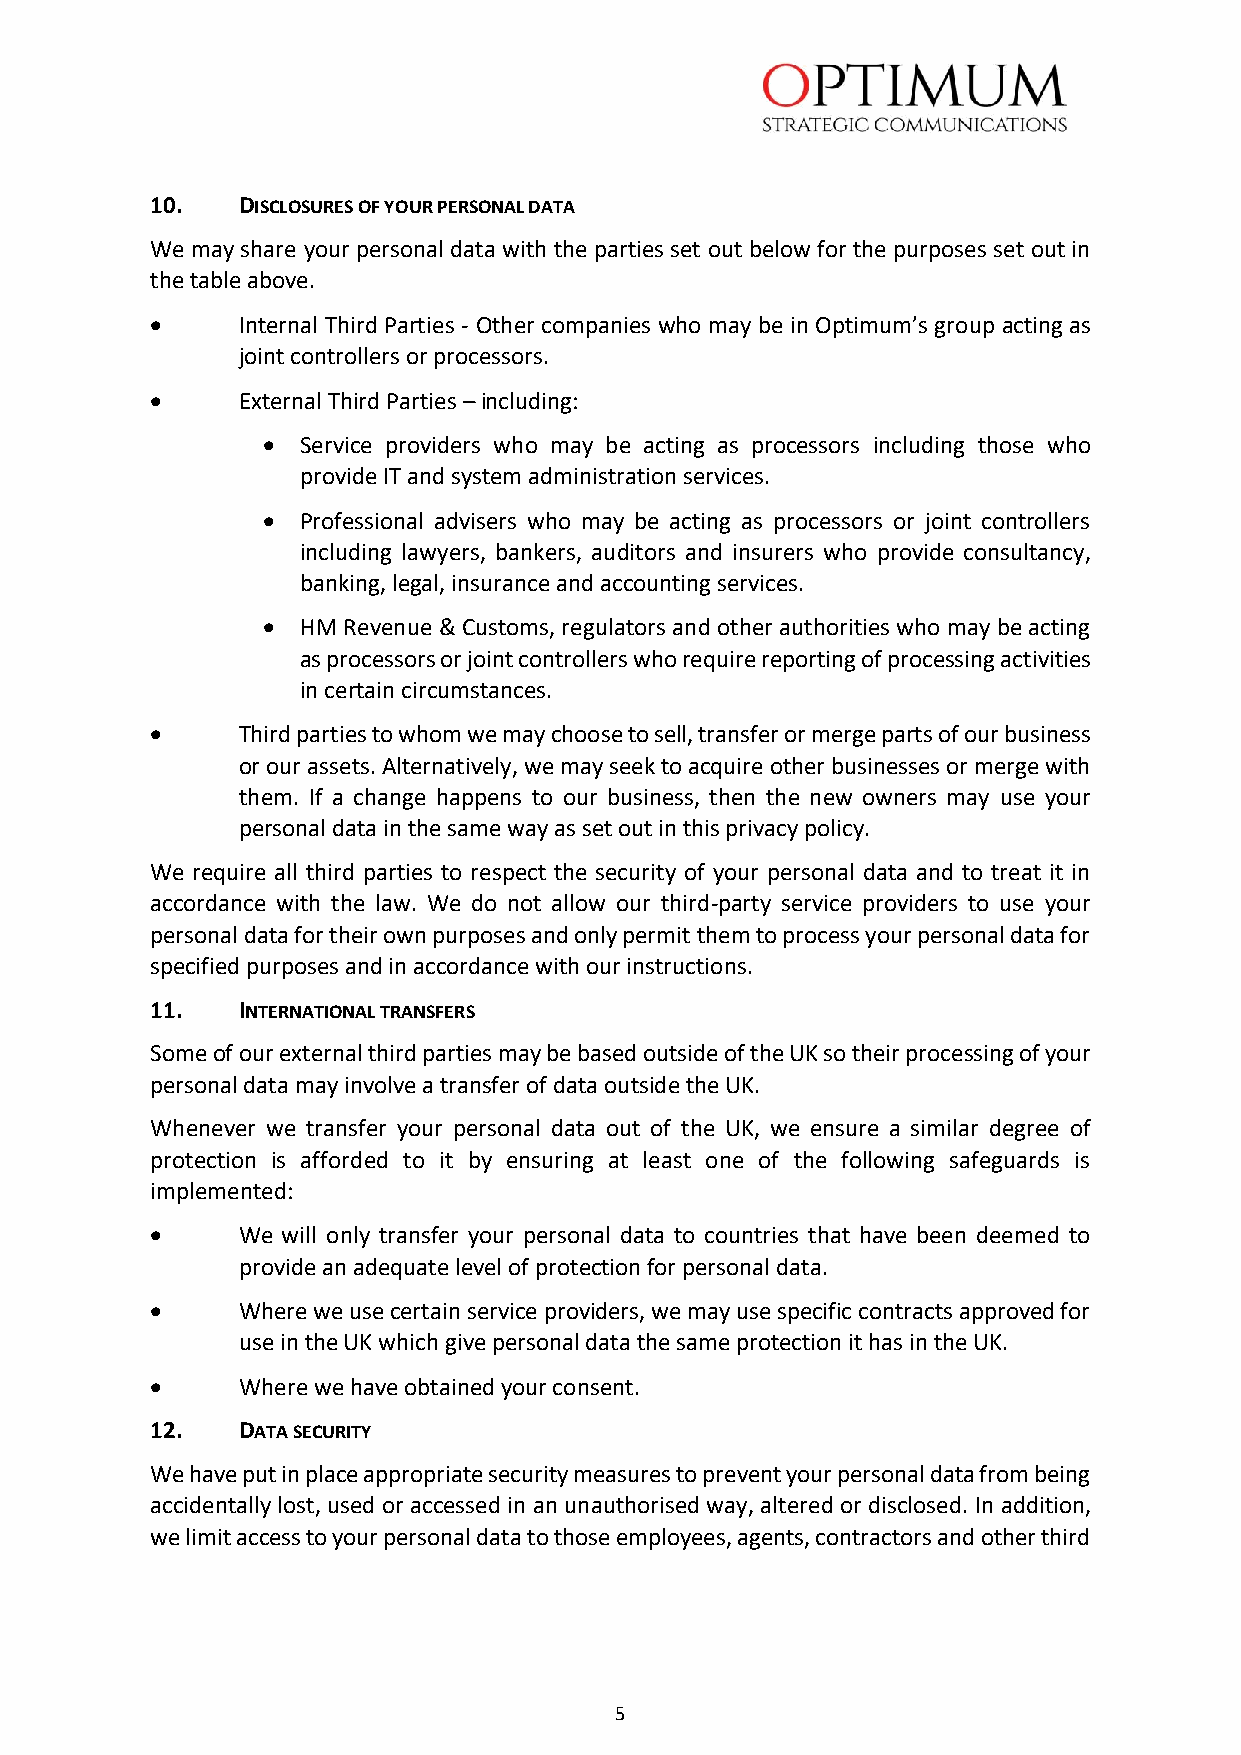
10.   DISCLOSURES OF YOUR PERSONAL DATA
 We may share your personal data with the parties set out below for the purposes set out in
 the table above.
 •     Internal Third Parties - Other companies who may be in Optimum’s group acting as
 joint controllers or processors.
 •     External Third Parties – including:
 •  Service providers who may be acting as processors including those who
 provide IT and system administration services.
 •  Professional advisers who may be acting as processors or joint controllers
 including lawyers, bankers, auditors and insurers who provide consultancy,
 banking, legal, insurance and accounting services.
 •  HM Revenue & Customs, regulators and other authorities who may be acting
 as processors or joint controllers who require reporting of processing activities
 in certain circumstances.
 •     Third parties to whom we may choose to sell, transfer or merge parts of our business
 or our assets. Alternatively, we may seek to acquire other businesses or merge with
 them. If a change happens to our business, then the new owners may use your
 personal data in the same way as set out in this privacy policy.
 We require all third parties to respect the security of your personal data and to treat it in
 accordance with the law. We do not allow our third-party service providers to use your
 personal data for their own purposes and only permit them to process your personal data for
 specified purposes and in accordance with our instructions.
 11.   INTERNATIONAL TRANSFERS
 Some of our external third parties may be based outside of the UK so their processing of your
 personal data may involve a transfer of data outside the UK.
 Whenever we transfer your personal data out of the UK, we ensure a similar degree of
 protection is afforded to it by ensuring at least one of the following safeguards is
 implemented:
 •     We will only transfer your personal data to countries that have been deemed to
 provide an adequate level of protection for personal data.
 •     Where we use certain service providers, we may use specific contracts approved for
 use in the UK which give personal data the same protection it has in the UK.
 •     Where we have obtained your consent.
 12.   DATA SECURITY
 We have put in place appropriate security measures to prevent your personal data from being
 accidentally lost, used or accessed in an unauthorised way, altered or disclosed. In addition,
 we limit access to your personal data to those employees, agents, contractors and other third
 5